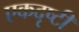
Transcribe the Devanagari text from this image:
एकदृष्टी